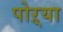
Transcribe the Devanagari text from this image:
पोऱ्या